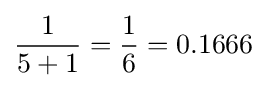
{\frac {1}{5+1}}={\frac {1}{6}}=0.1666